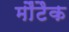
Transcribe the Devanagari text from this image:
मौंटैक